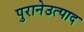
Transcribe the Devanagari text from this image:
पुरानेउत्पाद